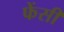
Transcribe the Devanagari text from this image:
फेंसी